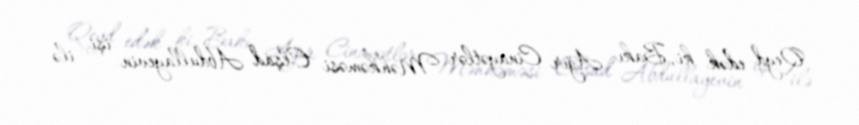
Qeyd edək ki, Bakı Ağır Cinayətlər Məhkəməsi Elşad Abdullayevin işi ilə